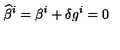
{ \widehat \beta } ^ { i } = \beta ^ { i } + \delta g ^ { i } = 0